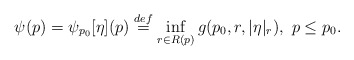
\begin{align*} \psi(p) = \psi_{p_0}[\eta](p) \stackrel{def}{=} \inf_{r \in R(p)} g(p_0, r, |\eta|_r), \ p \le p_0.\end{align*}